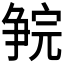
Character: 𪺗